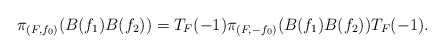
\begin{align*}\pi_{(F,f_0)}(B(f_1)B(f_2))=T_F(-1)\pi_{(F,-f_0)}(B(f_1)B(f_2))T_F(-1).\end{align*}